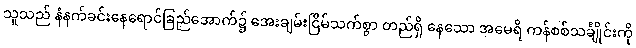
သူသည် နံနက်ခင်းနေရောင်ခြည်အောက်၌ အေးချမ်းငြိမ်သက်စွာ တည်ရှိ နေသော အမေရိ ကန်စစ်သင်္ချိုင်းကို